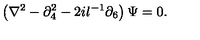
\left( \nabla ^ { 2 } - \partial _ { 4 } ^ { 2 } - 2 i l ^ { - 1 } \partial _ { 6 } \right) \Psi = 0 .